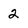
Character: 2